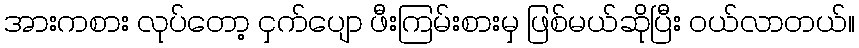
အားကစား လုပ်တော့ ငှက်ပျော ဖီးကြမ်းစားမှ ဖြစ်မယ်ဆိုပြီး ဝယ်လာတယ်။